Indian journal of veterinary science and animal husbandry - Volume 12,
Year: 1942
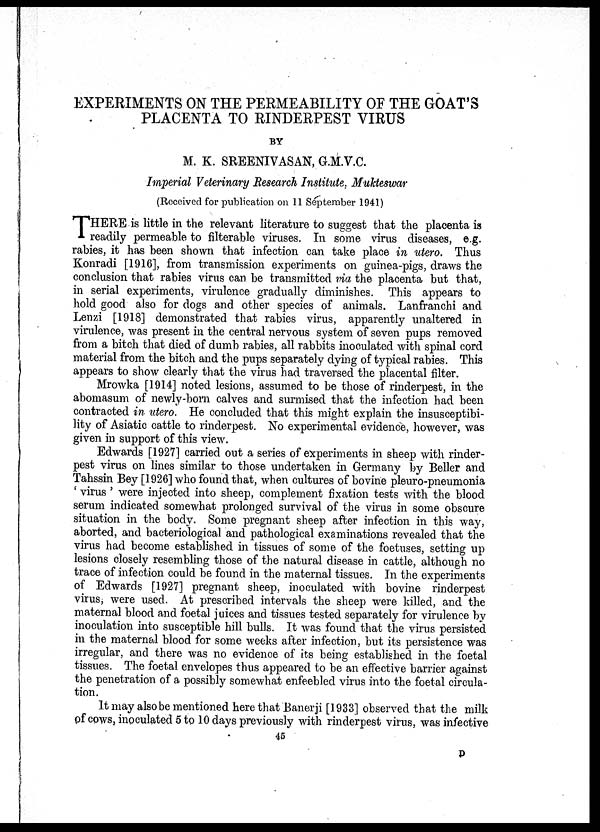
EXPERIMENTS ON THE PERMEABILITY OF THE GOAT'S
PLACENTA TO RINDERPEST VIRUS
BY
M. K. SREENIVASAN, G.M.V.C.
Imperial Veterinary Research Institute, Mukteswar
(Received for publication on 11 September 1941)
T HERE is little in the relevant literature to suggest that the placenta is
readily permeable to filterable viruses. In some virus diseases, e.g.
rabies, it has been shown that infection can take place in utero. Thus
Konradi [1916], from transmission experiments on guinea-pigs, draws the
conclusion that rabies virus can be transmitted via the placenta but that,
in serial experiments, virulence gradually diminishes. This appears to
hold good also for dogs and other species of animals. Lanfranchi and
Lenzi [1918] demonstrated that rabies virus, apparently unaltered in
virulence, was present in the central nervous system of seven pups removed
from a bitch that died of dumb rabies, all rabbits inoculated with spinal cord
material from the bitch and the pups separately dying of typical rabies. This
appears to show clearly that the virus had traversed the placental filter.
Mrowka [1914] noted lesions, assumed to be those of rinderpest, in the
abomasum of newly-born calves and surmised that the infection had been
contracted in utero. He concluded that this might explain the insusceptibi-
lity of Asiatic cattle to rinderpest. No experimental evidence, however, was
given in support of this view.
Edwards [1927] carried out a series of experiments in sheep with rinder-
pest virus on lines similar to those undertaken in Germany by Beller and
Tahssin Bey [1926] who found that, when cultures of bovine pleuro-pneumonia
' virus ' were injected into sheep, complement fixation tests with the blood
serum indicated somewhat prolonged survival of the virus in some obscure
situation in the body. Some pregnant sheep after infection in this way,
aborted, and bacteriological and pathological examinations revealed that the
virus had become established in tissues of some of the foetuses, setting up
lesions closely resembling those of the natural disease in cattle, although no
trace of infection could be found in the maternal tissues. In the experiments
of Edwards [1927] pregnant sheep, inoculated with bovine rinderpest
virus, were used. At prescribed intervals the sheep were killed, and the
maternal blood and foetal juices and tissues tested separately for virulence by
inoculation into susceptible hill bulls. It was found that the virus persisted
in the maternal blood for some weeks after infection, but its persistence was
irregular, and there was no evidence of its being established in the foetal
tissues. The foetal envelopes thus appeared to be an effective barrier against
the penetration of a possibly somewhat enfeebled virus into the foetal circula-
tion.
It may also be mentioned here that Banerji [1933] observed that the milk
of cows, inoculated 5 to 10 days previously with rinderpest virus, was infective
45
D